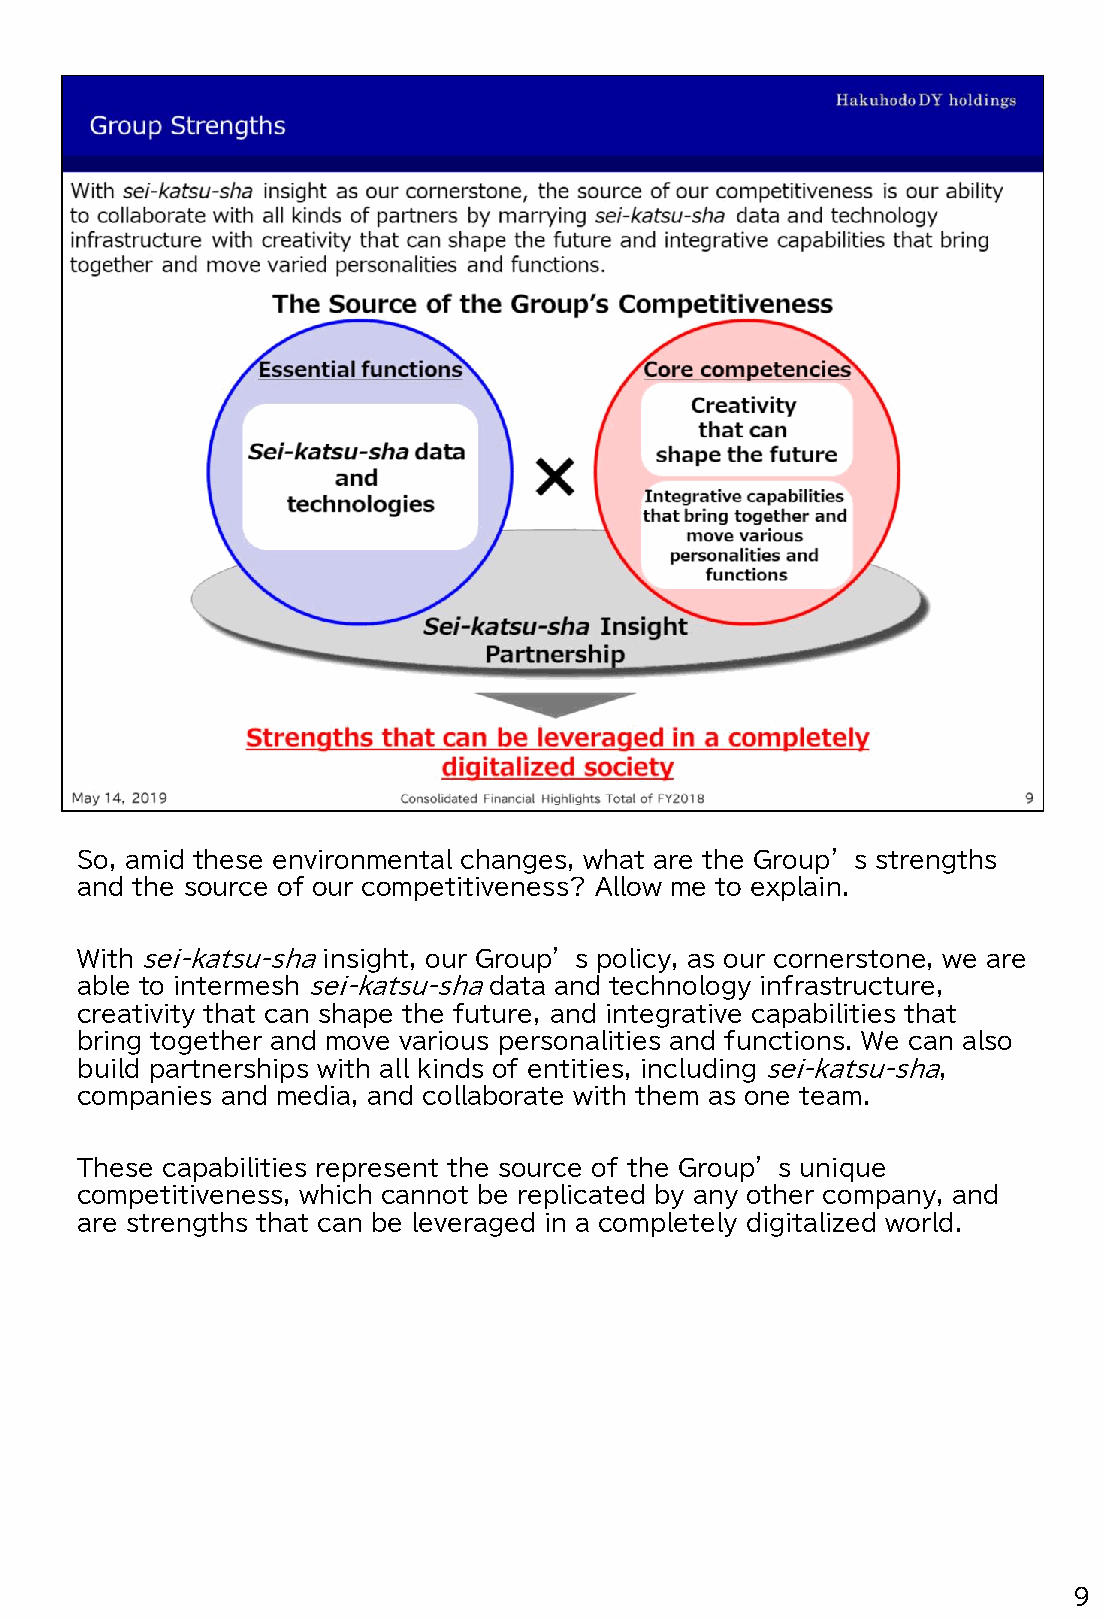
So, amid these environmental changes, what are the Group’s strengths
 and the source of our competitiveness? Allow me to explain.
 With sei-katsu-shainsight, our Group’s policy, as our cornerstone, we are
 able to intermesh sei-katsu-shadata and technology infrastructure,
 creativity that can shape the future, and integrative capabilities that
 bring together and move various personalities and functions. We can also
 build partnerships with all kinds of entities, including sei-katsu-sha,
 companies and media, and collaborate with them as one team.
 These capabilities represent the source of the Group’s unique
 competitiveness, which cannot be replicated by any other company, and
 are strengths that can be leveraged in a completely digitalized world.
 9